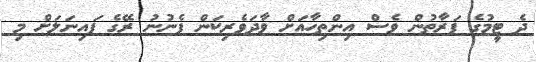
ދެ ޓީމުގެ ފަރާތުން ވެސް އިންތިހާއަށް ވާދަވެރިކަން ފެނުނު ރޭގެ ފައިނަލަށް މި